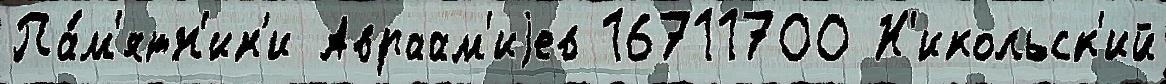
Па́м'ятн'ик'и Авраам'иjев 16711700 Н'икольск'ий